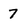
Character: 7